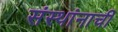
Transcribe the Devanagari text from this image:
संस्थांनाची